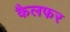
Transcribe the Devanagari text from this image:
कैलफर